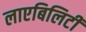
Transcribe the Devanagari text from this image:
लाएबिलिटी